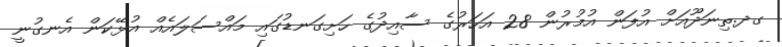
ގދ.ތިނަދޫއަށް އުފަން އުމުރުން 28 އަހަރުގެ ސާއިދުގެ ހަށިގަނޑުގައި މައްސަލައެއް އުޅޭކަން އެނގުނީ